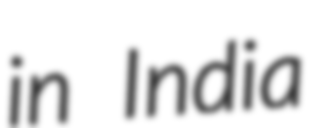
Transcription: in India